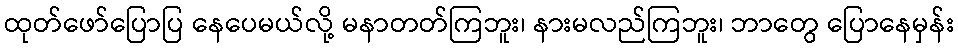
ထုတ်ဖော်ပြောပြ နေပေမယ်လို့ မနာတတ်ကြဘူး၊ နားမလည်ကြဘူး၊ ဘာတွေ ပြောနေမှန်း